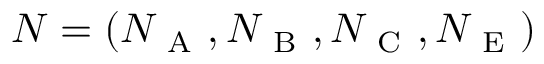
N = ( N _ { \mathrm { ~ A ~ } } , N _ { \mathrm { ~ B ~ } } , N _ { \mathrm { ~ C ~ } } , N _ { \mathrm { ~ E ~ } } )